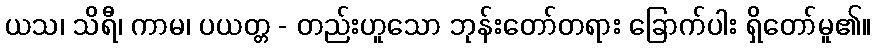
ယသ၊ သိရီ၊ ကာမ၊ ပယတ္တ - တည်းဟူသော ဘုန်းတော်တရား ခြောက်ပါး ရှိတော်မူ၏။